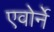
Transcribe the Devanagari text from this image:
एवोर्ने